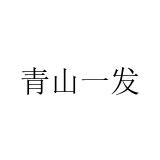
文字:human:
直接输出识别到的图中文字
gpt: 青山一发